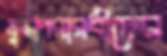
যুদ্ধাপরারধীদের